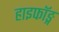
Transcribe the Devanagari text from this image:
हाइफॉङ्ग